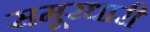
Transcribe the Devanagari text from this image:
समूरधारी